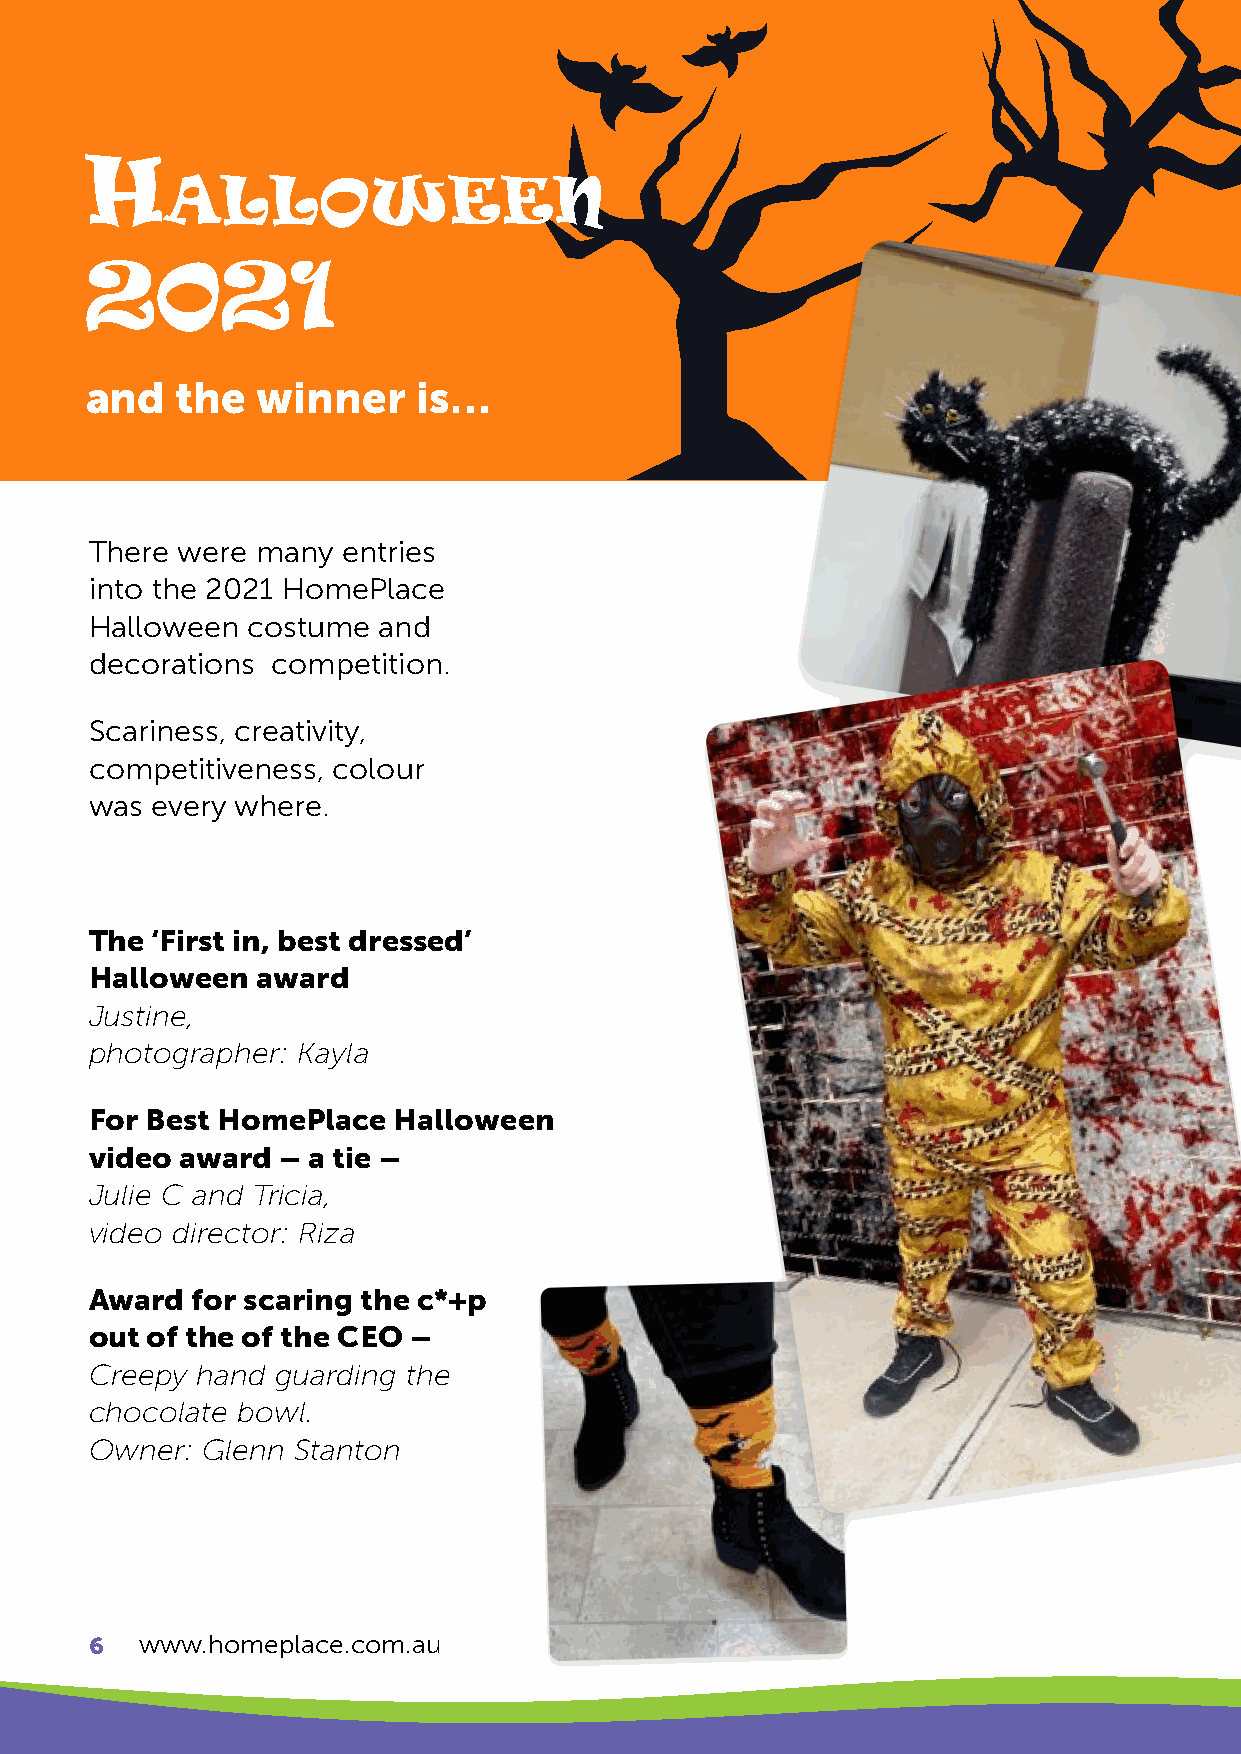
H
 alloween
 2021
 and   the  winner     is…
 There were many  entries
 into the 2021 HomePlace
 Halloween costume  and
 decorations competition.
 Scariness, creativity,
 competitiveness, colour
 was every where.
 The ‘First in, best dressed’
 Halloween  award
 Justine,
 photographer: Kayla
 For Best HomePlace  Halloween
 video award – a tie –
 Julie C and Tricia,
 video director: Riza
 Award  for scaring the c*+p
 out of the of the CEO –
 Creepy hand guarding the
 chocolate bowl.
 Owner: Glenn Stanton
 6  www.homeplace.com.au